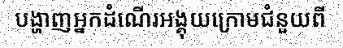
បង្ហាញអ្នកដំណើរអង្គុយក្រោមជំនួយពី